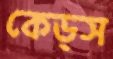
কেড্স